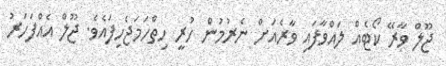
ޖޫލް ވާރޭ ކޯޓެއް ލައްވާފައި ވާރެއަށް ނެރުމުން ހުރީ ހިތްހަމަޖެހިފައެވެ. ޖޫލް އެއްފަހަރު